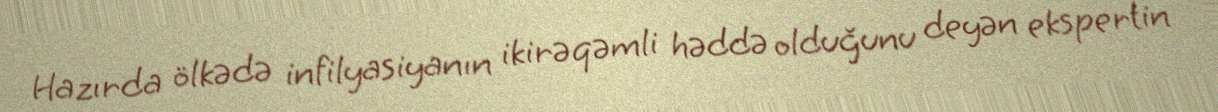
Hazırda ölkədə infilyasiyanın ikirəqəmli həddə olduğunu deyən ekspertin